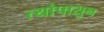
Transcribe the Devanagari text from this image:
त्यांपासुन